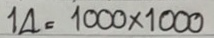
14 = 1000 x 1000